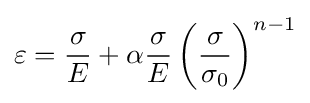
\varepsilon ={\frac {\sigma }{E}}+\alpha {\frac {\sigma }{E}}\left({\frac {\sigma }{\sigma _{0}}}\right)^{n-1}